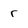
Character: r